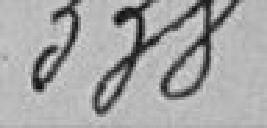
338